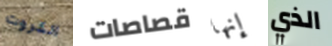
الكروت قصاصات إنها الذي